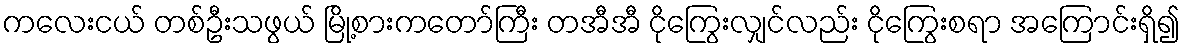
ကလေးငယ် တစ်ဦးသဖွယ် မြို့စားကတော်ကြီး တအီအီ ငိုကြွေးလျှင်လည်း ငိုကြွေးစရာ အကြောင်းရှိ၍